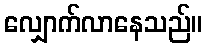
လျှောက်လာနေသည်။